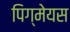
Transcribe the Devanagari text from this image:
पिग्मेयस